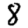
Digit: 8